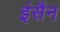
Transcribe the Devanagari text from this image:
इंसैन